Annual administration report of the Civil Veterinary Department of India - 1892-1893
Year: 1892
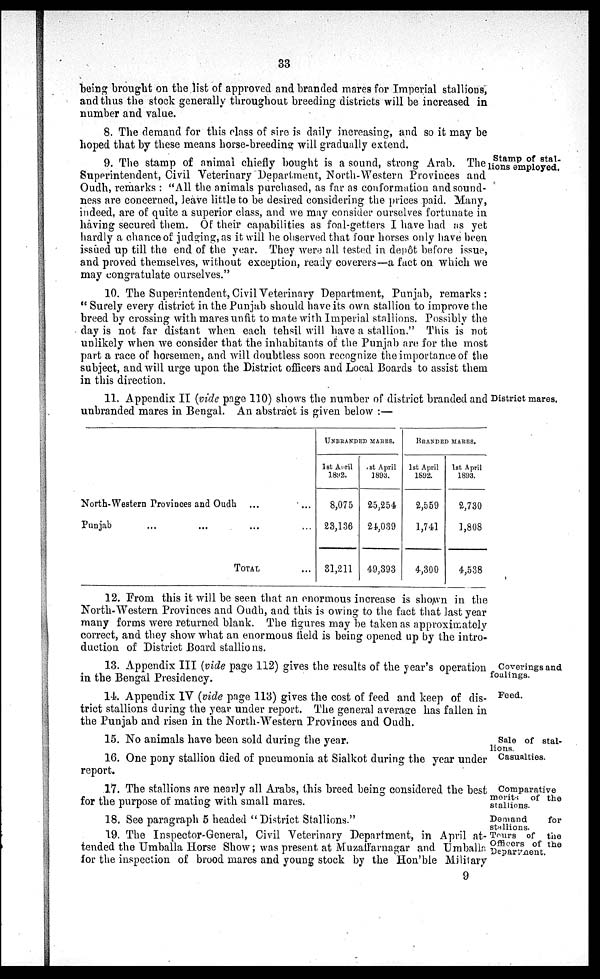
33
being brought on the list of approved and branded mares for Imperial stallions,
and thus the stock generally throughout breeding districts will be increased in
number and value.
8. The demand for this class of sire is daily increasing, and so it may be
hoped that by these means horse-breeding will gradually extend.
Stamp of stal-
lions employed.
9. The stamp of animal chiefly bought is a sound, strong Arab. The
Superintendent, Civil Veterinary Department, North-Western Provinces and
Oudh, remarks: "All the animals purchased, as far as conformation and sound-
ness are concerned, leave little to be desired considering the prices paid. Many,
indeed, are of quite a superior class, and we may consider ourselves fortunate in
having secured them. Of their capabilities as foal-getters I have had as yet
hardly a chance of judging, as it will be observed that four horses only have been
issued up till the end of the year. They were all tested in depôt before issue,
and proved themselves, without exception, ready coverers—a fact on which we
may congratulate ourselves."
10. The Superintendent, Civil Veterinary Department, Punjab, remarks:
"Surely every district in the Punjab should have its own stallion to improve the
breed by crossing with mares unfit to mate with Imperial stallions. Possibly the
day is not far distant when each tehsil will have a stallion." This is not
unlikely when we consider that the inhabitants of the Punjab are for the most
part a race of horsemen, and will doubtless soon recognize the importance of the
subject, and will urge upon the District officers and Local Boards to assist them
in this direction.
District mares.
11. Appendix II (vide page 110) shows the number of district branded and
unbranded mares in Bengal. An abstract is given below:—
North-Western Provinces and Oudh ...
...
Punjab ... ... ...
...
TOTAL
...
UNBRANDED MARES.
1st April
1892.
8,075
23,136
31,211
1st April
1893.
25,254
24,039
49,393
BRANDED MARES.
1st April
1892.
2,559
1,741
4,300
1st April
1893.
2,730
1,808
4,538
12. From this it will be seen that an enormous increase is shown in the
North-Western Provinces and Oudh, and this is owing to the fact that last year
many forms were returned blank. The figures may be taken as approximately
correct, and they show what an enormous field is being opened up by the intro-
duction of District Board stallions.
Coverings and
foalings.
13. Appendix III (vide page 112) gives the results of the year's operation
in the Bengal Presidency.
Feed.
14. Appendix IV (vide page 113) gives the cost of feed and keep of dis-
trict stallions during the year under report. The general average has fallen in
the Punjab and risen in the North-Western Provinces and Oudh.
Sale of stal-
lions.
15. No animals have been sold during the year.
Casualties.
16. One pony stallion died of pneumonia at Sialkot during the year under
report.
Comparative
merits of the
stallions.
17. The stallions are nearly all Arabs, this breed being considered the best
for the purpose of mating with small mares.
Demand
for
stallions.
18. See paragraph 5 headed "District Stallions."
Tours of the
Officers of the
Department.
19. The Inspector-General, Civil Veterinary Department, in April at-
tended the Umballa Horse Show; was present at Muzaffarnagar and Umballa
for the inspection of brood mares and young stock by the Hon'ble Military
9